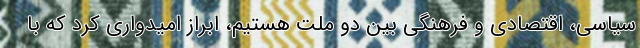
سیاسی، اقتصادی و فرهنگی بین دو ملت هستیم، ابراز امیدواری کرد که با